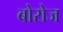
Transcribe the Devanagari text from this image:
बोरोज